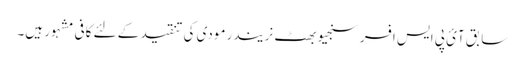
سابق آئ پی ایس افسر سنجیو بھٹ نریندر مودی کی تنقید کے لئے کافی مشہور ہیں۔